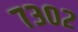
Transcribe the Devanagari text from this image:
७३०२